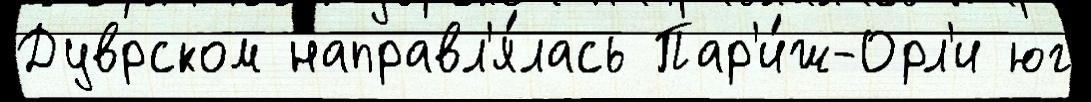
Дуврском направл'я́лась Пар'и́ж-Орл'и юг